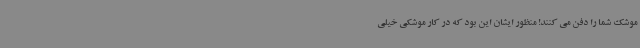
موشک شما را دفن‌ می کنند! منظور ایشان این بود که در کار موشکی خیلی